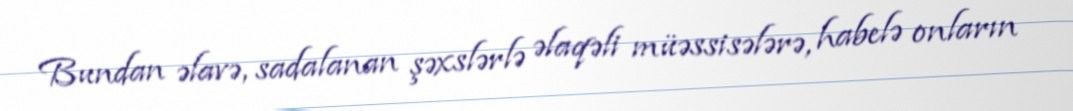
Bundan əlavə, sadalanan şəxslərlə əlaqəli müəssisələrə, habelə onların